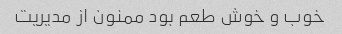
خوب و خوش طعم بود ممنون از مدیریت